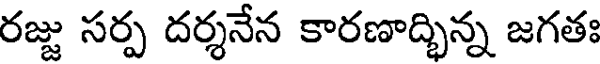
రజ్జు సర్ప దర్శనేన కారణాద్భిన్న జగతః